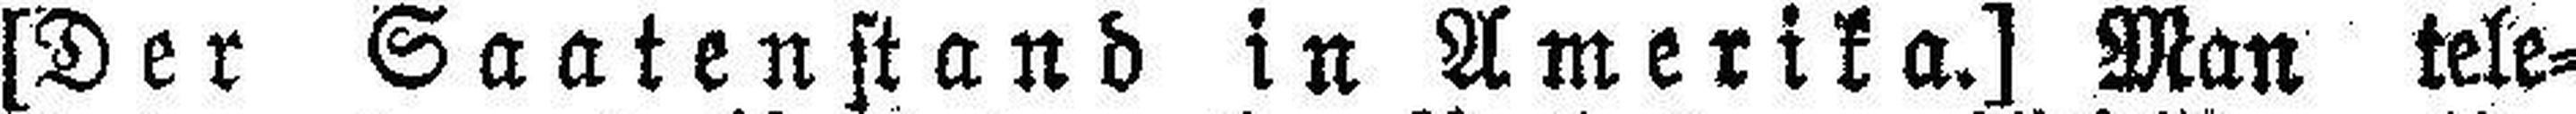
[Der Saatenstand in Amerika.] Man tele¬